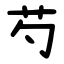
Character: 芍